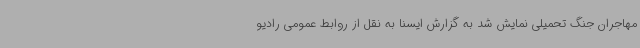
مهاجران جنگ تحمیلی نمایش شد به گزارش ایسنا به نقل از روابط عمومی رادیو